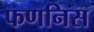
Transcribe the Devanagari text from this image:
फणनिस